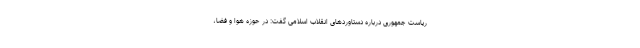
ریاست جمهوری درباره دستاوردهای انقلاب اسلامی گفت: در حوزه هوا و فضا،